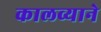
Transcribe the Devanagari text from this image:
कालव्याने